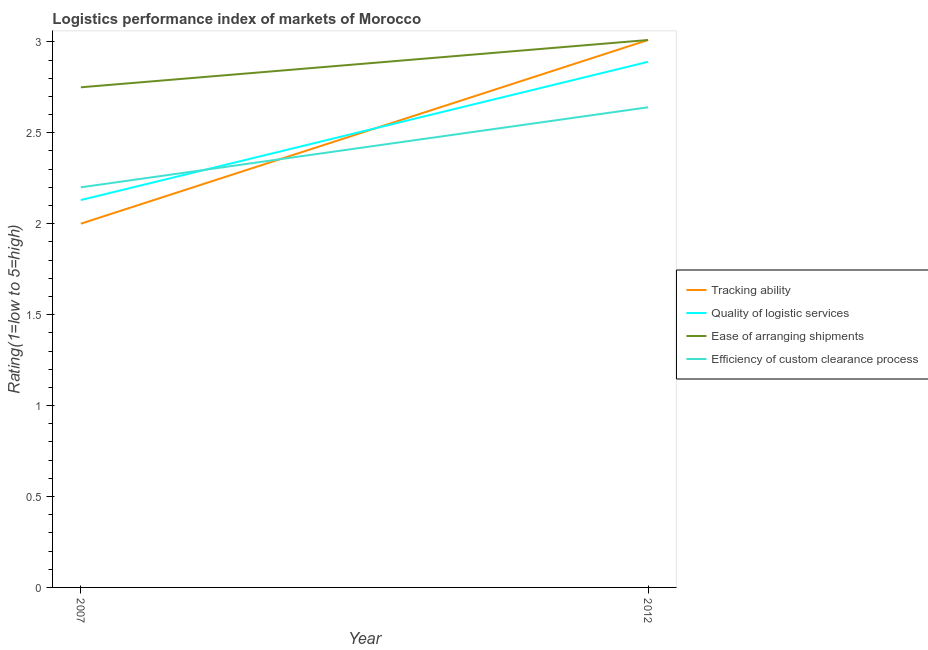
| Year | Tracking ability | Quality of logistic services | Ease of arranging shipments | Efficiency of custom clearance process |
 | --- | --- | --- | --- | --- |
 | 2007 | 2 | 2.13 | 2.75 | 2.2 |
 | 2012 | 3.01 | 2.89 | 3.01 | 2.64 |